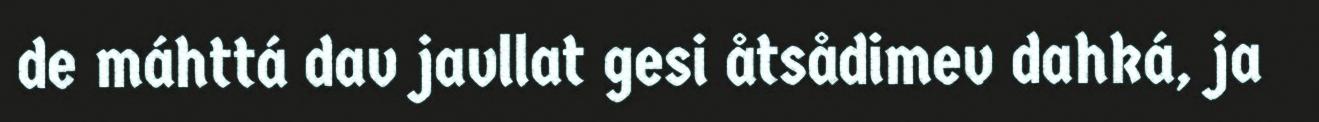
de máhttá dav javllat gesi åtsådimev dahká, ja